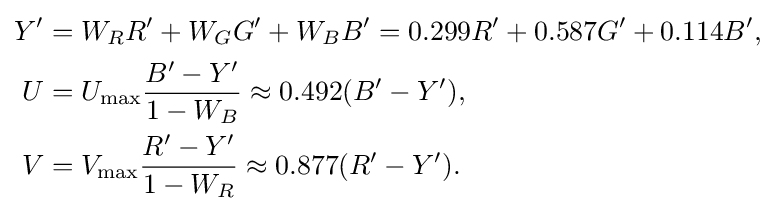
{\begin{aligned}Y'&=W_{R}R'+W_{G}G'+W_{B}B'=0.299R'+0.587G'+0.114B',\\U&=U_{\text{max}}{\frac {B'-Y'}{1-W_{B}}}\approx 0.492(B'-Y'),\\V&=V_{\text{max}}{\frac {R'-Y'}{1-W_{R}}}\approx 0.877(R'-Y').\end{aligned}}